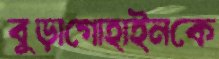
বুড়াগোহাইনকে